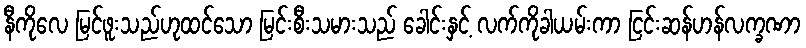
နီကိုလေ မြင်ဖူးသည်ဟုထင်သော မြင်းစီးသမားသည် ခေါင်းနှင့် လက်ကိုခါယမ်းကာ ငြင်းဆန်ဟန်လက္ခဏာ